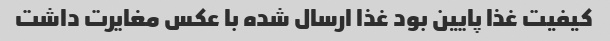
کیفیت غذا پایین بود غذا ارسال شده با عکس مغایرت داشت